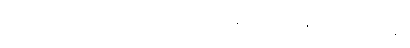
မြေယာမှုခင်း (၁၀၀)ဝန်းကျင်ကို ၂၀၁၂ခုနှစ်ကနေ ဒီနေ့တိုင် ၂၀၂၀ ခုနှစ်